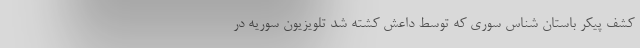
کشف پیکر باستان شناس سوری که توسط داعش کشته شد تلویزیون سوریه در